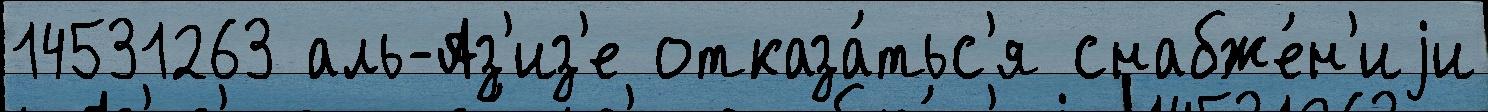
14531263 аль-Аз'из'е отказа́тьс'я снабже́н'иjи